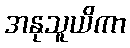
အနုသူယိကာ